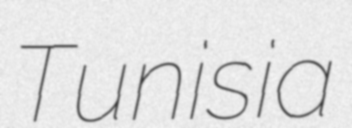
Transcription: Tunisia